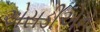
એસડીએમ